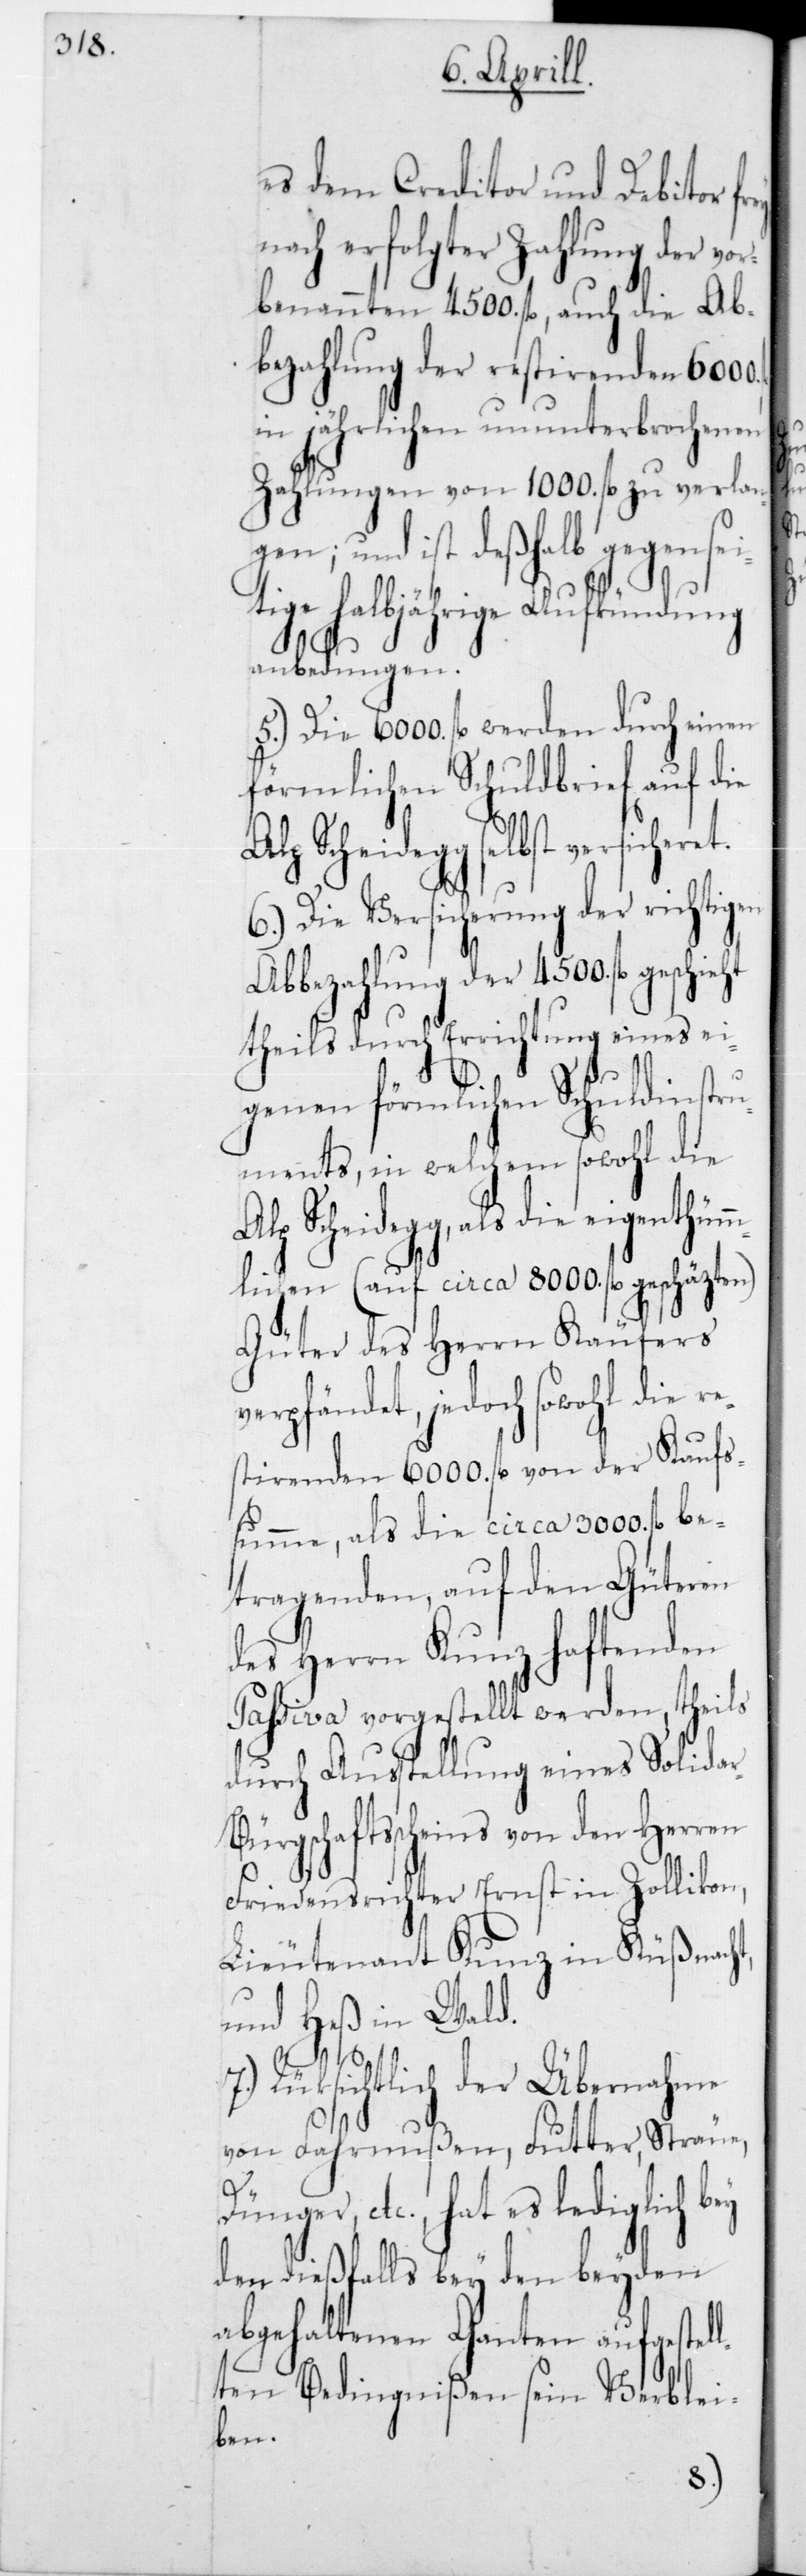
es dem Creditor und Debitor
nach erfolgter Zahlung der vo¬
rbenannten 4500 fl., auch die Ab¬
bezahlung der restirenden 6000
in jährlichen ununterbrochenen
Zahlungen von 1000 fl. zu verlan¬
gen; und ist deßhalb gegensei¬
ige halbjährige Aufkündung
anbedungen.
5.) Die 6000 fl. werden durch einen
förmlichen Schuldbrief auf die
Scheidegg selbst versicher¬
6.) Die Versicherung der richtigen
Abbezahlung der 4500 fl.
theils durch Errichtung eines ei¬
genen förmlichen Schuldinstr¬
uments, in welchem sowohl die
Scheidegg, als die eigentüm¬
mlichen (auf circa 8000 fl. geschäzten)
Güter des Herrn Käufers
jedoch sowohl die re¬
stirenden 6000 fl. von der Kaufs¬
summe, als die circa 3000 fl. be¬
tragenden, auf den Güteren
des Herrn Kunz haftenden
Passiva vorgestellt werden, theils
durch Ausstellung eines Solida¬
r-Bürgschaftsscheins von den Herren
Friedensrichter Ernst in Zollikon,
Lieutenant Kunz in Küßnacht,
und Heß in Wald.
Rücksichtlich der Übernahme
von Fahrnußen, Futter, Sträue,
etc., hat es lediglich
den dießfalls bey den beyden
abgehaltenen Ganten aufgestel¬
lten Bedingnißen sein Verblei¬
ben.
et.